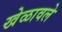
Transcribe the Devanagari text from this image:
खेळावले